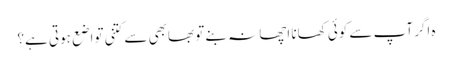
ہ اگر آپ سے کوئی کھانا اچھا نہ بنے تو بھابھی سے کتنی تواضع ہوتی ہے؟